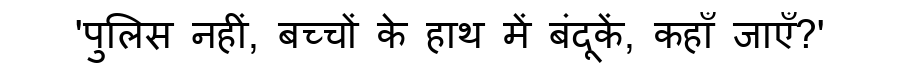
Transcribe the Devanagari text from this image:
'पुलिस नहीं, बच्चों के हाथ में बंदूकें, कहाँ जाएँ?'